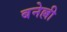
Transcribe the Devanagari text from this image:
बनेल्ली